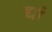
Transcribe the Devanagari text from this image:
द्यां